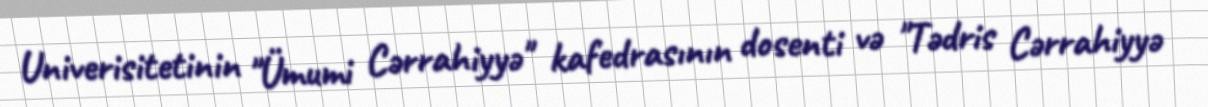
Univerisitetinin "Ümumi Cərrahiyyə" kafedrasının dosenti və "Tədris Cərrahiyyə